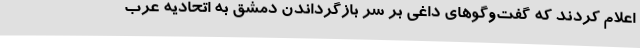
اعلام کردند که گفت‌وگوهای داغی بر سر بازگرداندن دمشق به اتحادیه عرب